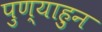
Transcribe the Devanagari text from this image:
पुण्याहुन